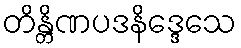
တိန္တိဏပဒနိဒ္ဒေသေ